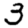
Digit: 3